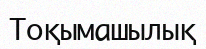
Тоқымашылық